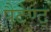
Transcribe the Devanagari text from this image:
पैटेण्ट्‍